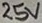
Text: 25V